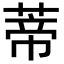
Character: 蒂